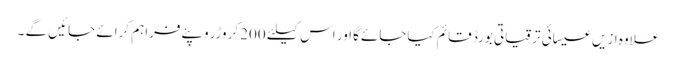
علاوہ ازیں عیسائی ترقیاتی بورڈ قائم کیاجائےگا اور اس کیلئے 200 کروڑروپئےفراہم کرائے جائیں گے ۔